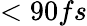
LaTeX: <90fs